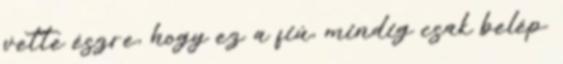
vette észre, hogy ez a fiú, mindig csak belép.